Document type: Sale
Year: 1435
Scribe: Pere Soler
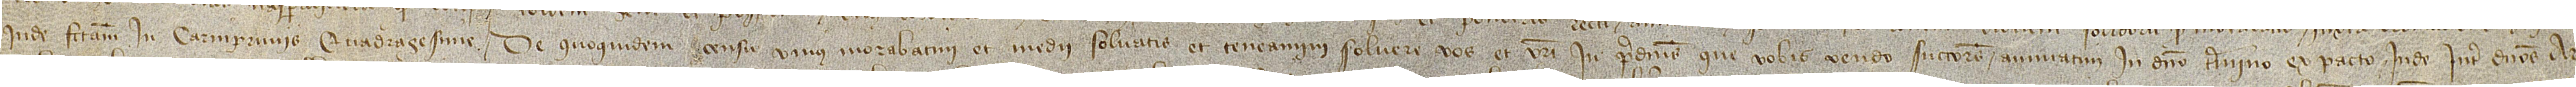
inde factam, in Carniprivis Quadragesime. De quodquidem censu unius morabatini et medii solvatis et teneamini solvere vos et vestri in predictis que vobis vendo successores annuatim in dicto termino, ex pacto inde inter dominos Ar-